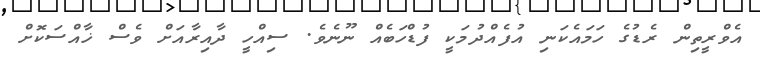
އެވްރީތިން ރެޑުގެ ހަމައެކަނި އުފެއްދުމަކީ ފުޑްހަބެއް ނޫނެވެ. ސިއްހީ ދާއިރާއަށް ވެސް ޚާއްސަކޮށް